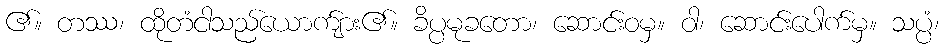
၏။ တဿ၊ ထိုတံငါသည်ယောက်ျား၏။ ခိပ္ပမုခတော၊ ဆောင်းဝမှ။ ဝါ၊ ဆောင်းပေါက်မှ။ သပ္ပံ၊